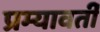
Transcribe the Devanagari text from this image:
प्रम्यावर्ती